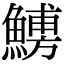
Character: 𩺹